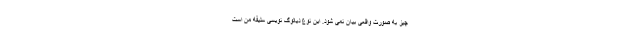
چیز به صورت واقعی بیان نمی شود. این نوع دیالوگ نویسی سلیقه من است